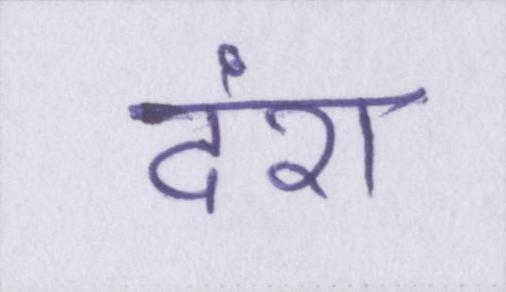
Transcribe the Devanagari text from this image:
दंश